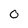
Character: 0